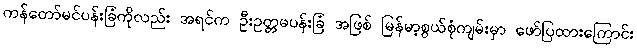
ကန်တော်မင်ပန်းခြံကိုလည်း အရင်က ဦးဥတ္တမပန်းခြံ အဖြစ် မြန်မာ့စွယ်စုံကျမ်းမှာ ဖော်ပြထားကြောင်း